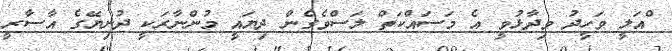
ްއަލީ ވަހީދު ވިދާޅުވީ އެ މަސައްކަތް ލަސްވެގެން ދިޔައީ މުންނާރަކީ ދުނިޔޭގެ އާސާރީ